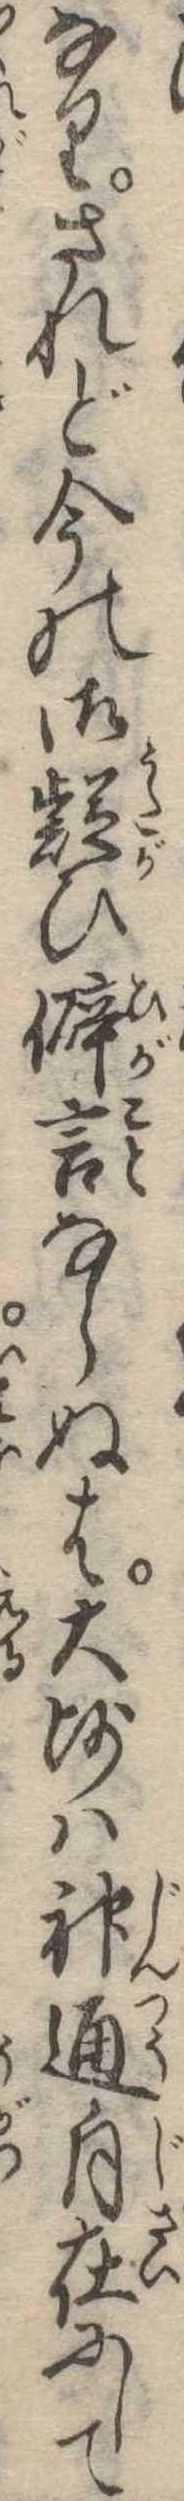
なりされど今の御疑ひ僻言ならぬは大師は神通自在にして